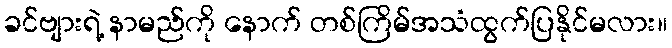
ခင်ဗျားရဲ့ နာမည်ကို နောက် တစ်ကြိမ်အသံထွက်ပြနိုင်မလား။